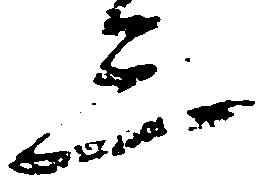
三